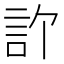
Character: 𬢞